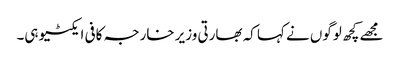
مجھے کچھ لوگوں نے کہا کہ بھارتی وزیر خارجہ کافی ایکٹیو ہی۔